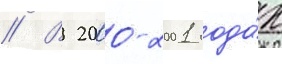
// В 2000-2001 года́х